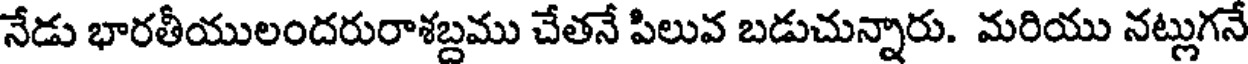
నేడు భారతీయులందరురాశబ్దము చేతనే పిలువ బడుచున్నారు. మరియు నట్లుగనే